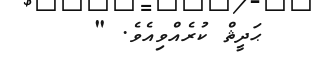
ޙަދީޘް ކުރެއްވިއެވެ. "